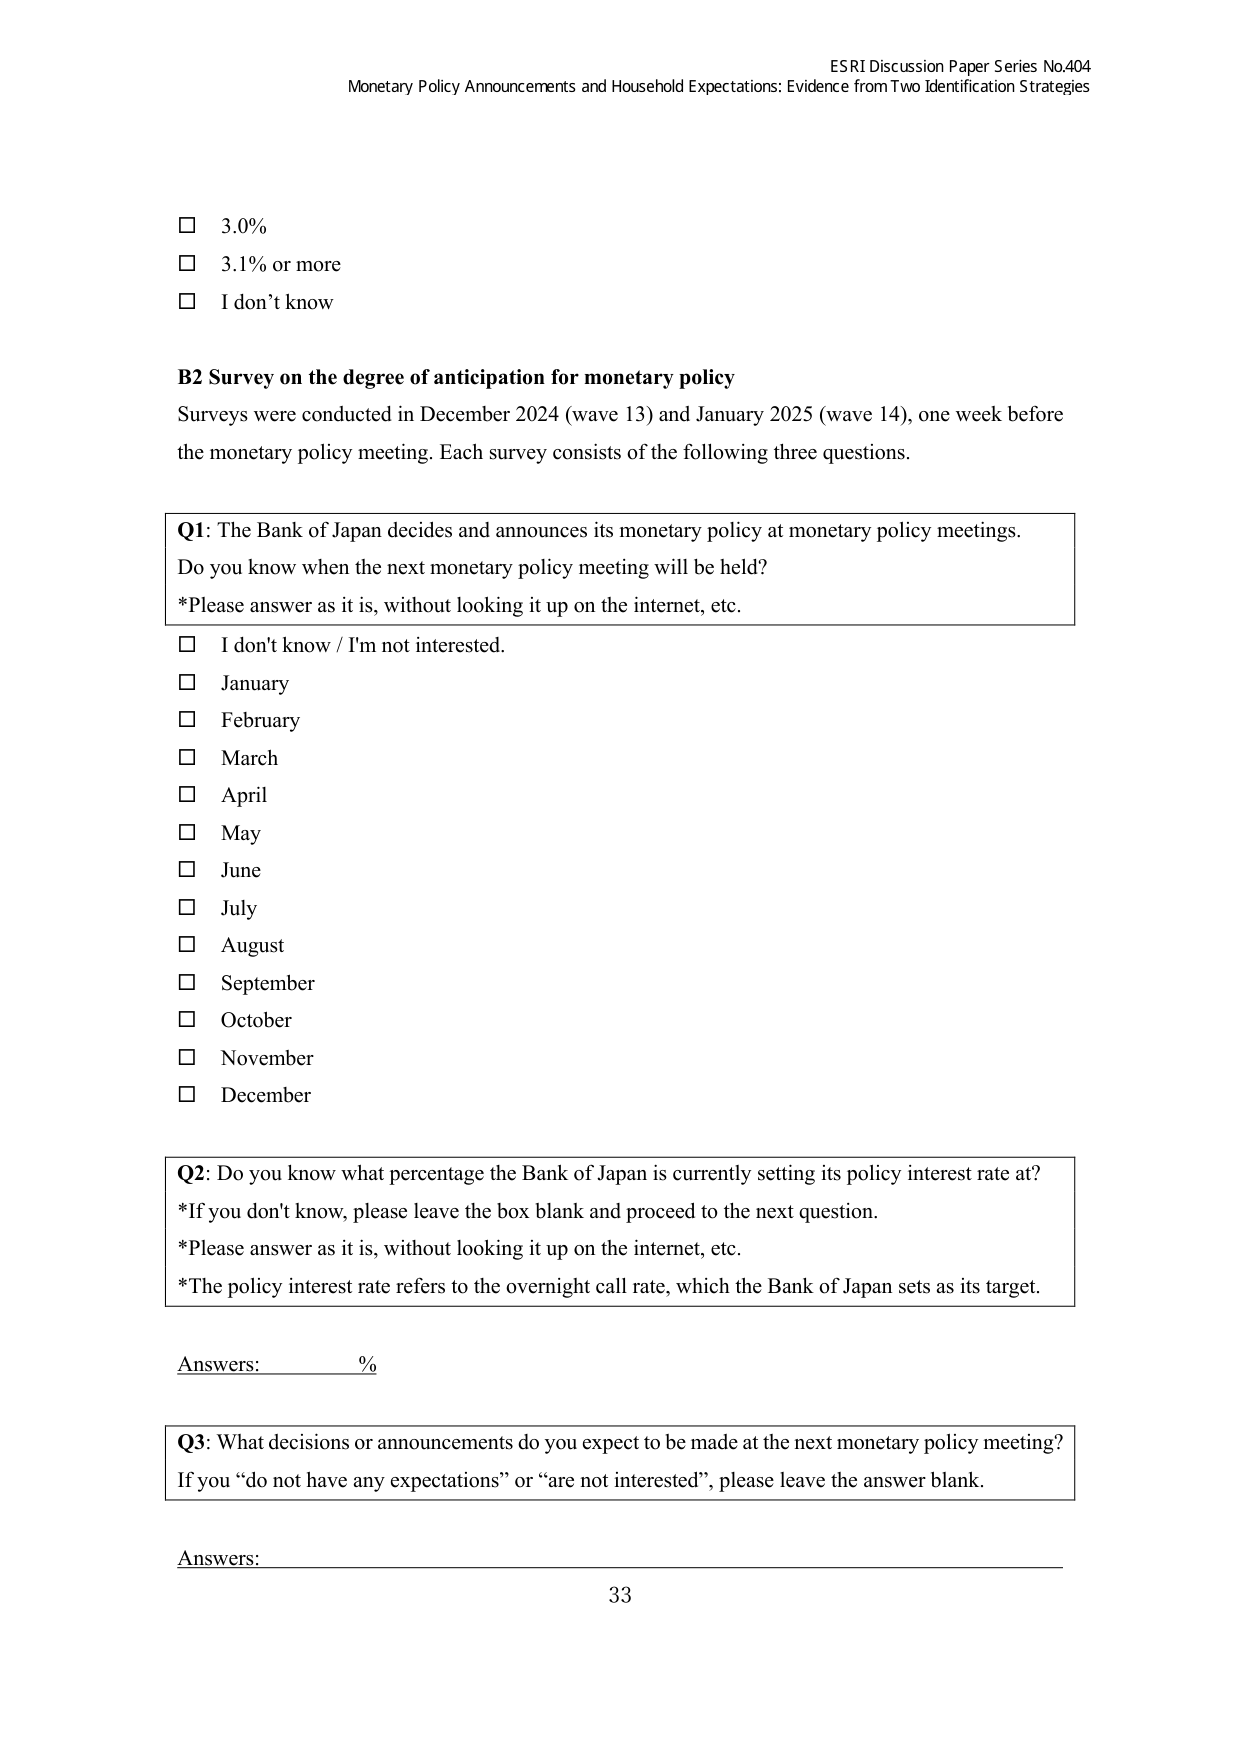
ESRI Discussion Paper Series No.404
Monetary Policy Announcements and Household Expectations: Evidence from Two Identification Strategies

□ 3.0%
□ 3.1% or more
□ I don’t know

B2 Survey on the degree of anticipation for monetary policy
Surveys were conducted in December 2024 (wave 13) and January 2025 (wave 14), one week before the monetary policy meeting. Each survey consists of the following three questions.

Q1: The Bank of Japan decides and announces its monetary policy at monetary policy meetings. Do you know when the next monetary policy meeting will be held?
*Please answer as it is, without looking it up on the internet, etc.
□ I don’t know / I’m not interested.
□ January
□ February
□ March
□ April
□ May
□ June
□ July
□ August
□ September
□ October
□ November
□ December

Q2: Do you know what percentage the Bank of Japan is currently setting its policy interest rate at?
*If you don’t know, please leave the box blank and proceed to the next question.
*Please answer as it is, without looking it up on the internet, etc.
*The policy interest rate refers to the overnight call rate, which the Bank of Japan sets as its target.

Answers: ________ %

Q3: What decisions or announcements do you expect to be made at the next monetary policy meeting?
If you “do not have any expectations” or “are not interested”, please leave the answer blank.

Answers: ___________________________________________________________

33